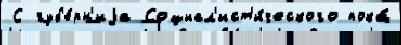
С губ'е́рн'иjа Социал'ист'и́ческого пока́